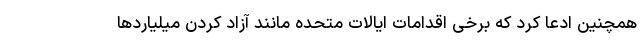
همچنین ادعا کرد که برخی اقدامات ایالات متحده مانند آزاد کردن میلیاردها